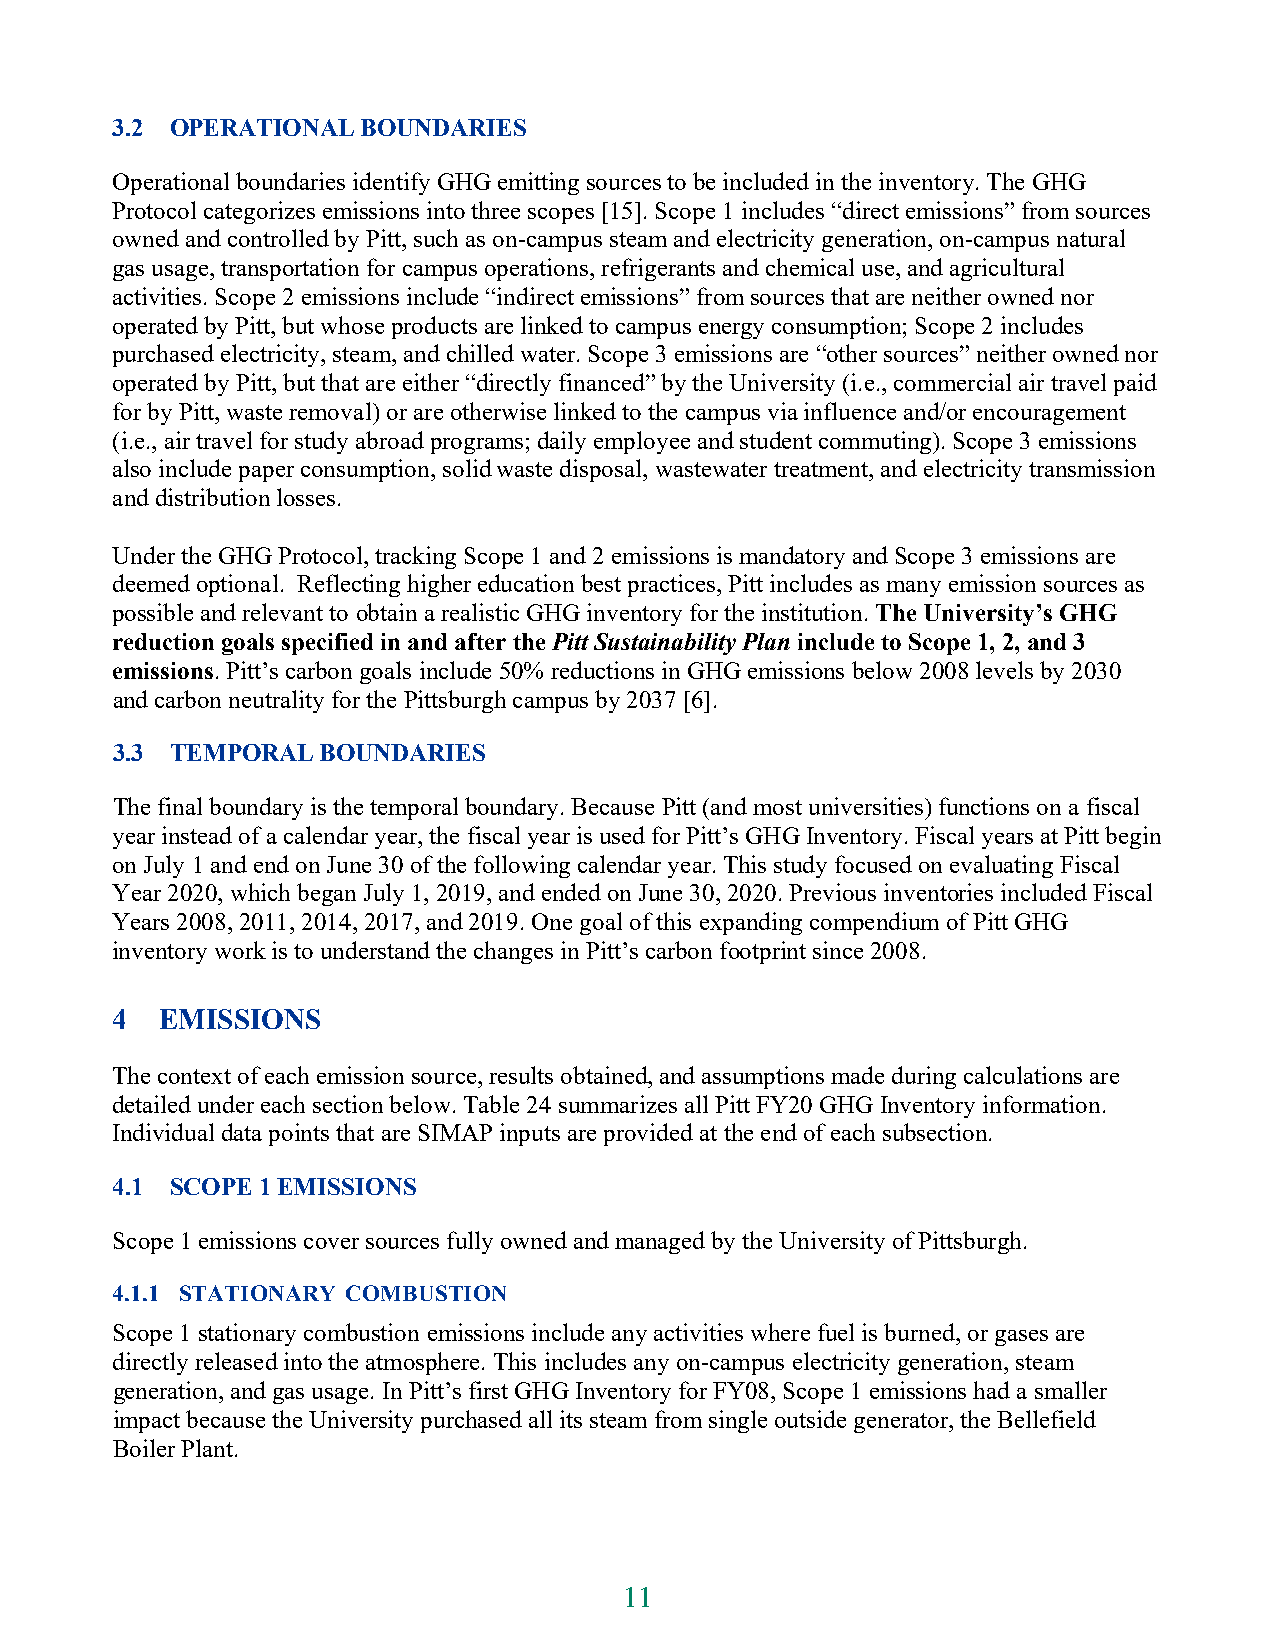
3.2 OPERATIONAL  BOUNDARIES
 Operational boundaries identify GHG emitting sources to be included in the inventory. The GHG
 Protocol categorizes emissions into three scopes [15]. Scope 1 includes “direct emissions” from sources
 owned and controlled by Pitt, such as on-campus steam and electricity generation, on-campus natural
 gas usage, transportation for campus operations, refrigerants and chemical use, and agricultural
 activities. Scope 2 emissions include “indirect emissions” from sources that are neither owned nor
 operated by Pitt, but whose products are linked to campus energy consumption; Scope 2 includes
 purchased electricity, steam, and chilled water. Scope 3 emissions are “other sources” neither owned nor
 operated by Pitt, but that are either “directly financed” by the University (i.e., commercial air travel paid
 for by Pitt, waste removal) or are otherwise linked to the campus via influence and/or encouragement
 (i.e., air travel for study abroad programs; daily employee and student commuting). Scope 3 emissions
 also include paper consumption, solid waste disposal, wastewater treatment, and electricity transmission
 and distribution losses.
 Under the GHG Protocol, tracking Scope 1 and 2 emissions is mandatory and Scope 3 emissions are
 deemed optional. Reflecting higher education best practices, Pitt includes as many emission sources as
 possible and relevant to obtain a realistic GHG inventory for the institution. The University’s GHG
 reduction goals specified in and after the Pitt Sustainability Plan include to Scope 1, 2, and 3
 emissions. Pitt’s carbon goals include 50% reductions in GHG emissions below 2008 levels by 2030
 and carbon neutrality for the Pittsburgh campus by 2037 [6].
 3.3 TEMPORAL  BOUNDARIES
 The final boundary is the temporal boundary. Because Pitt (and most universities) functions on a fiscal
 year instead of a calendar year, the fiscal year is used for Pitt’s GHG Inventory. Fiscal years at Pitt begin
 on July 1 and end on June 30 of the following calendar year. This study focused on evaluating Fiscal
 Year 2020, which began July 1, 2019, and ended on June 30, 2020. Previous inventories included Fiscal
 Years 2008, 2011, 2014, 2017, and 2019. One goal of this expanding compendium of Pitt GHG
 inventory work is to understand the changes in Pitt’s carbon footprint since 2008.
 4   EMISSIONS
 The context of each emission source, results obtained, and assumptions made during calculations are
 detailed under each section below. Table 24 summarizes all Pitt FY20 GHG Inventory information.
 Individual data points that are SIMAP inputs are provided at the end of each subsection.
 4.1 SCOPE 1 EMISSIONS
 Scope 1 emissions cover sources fully owned and managed by the University of Pittsburgh.
 4.1.1 STATIONARY COMBUSTION
 Scope 1 stationary combustion emissions include any activities where fuel is burned, or gases are
 directly released into the atmosphere. This includes any on-campus electricity generation, steam
 generation, and gas usage. In Pitt’s first GHG Inventory for FY08, Scope 1 emissions had a smaller
 impact because the University purchased all its steam from single outside generator, the Bellefield
 Boiler Plant.
 11